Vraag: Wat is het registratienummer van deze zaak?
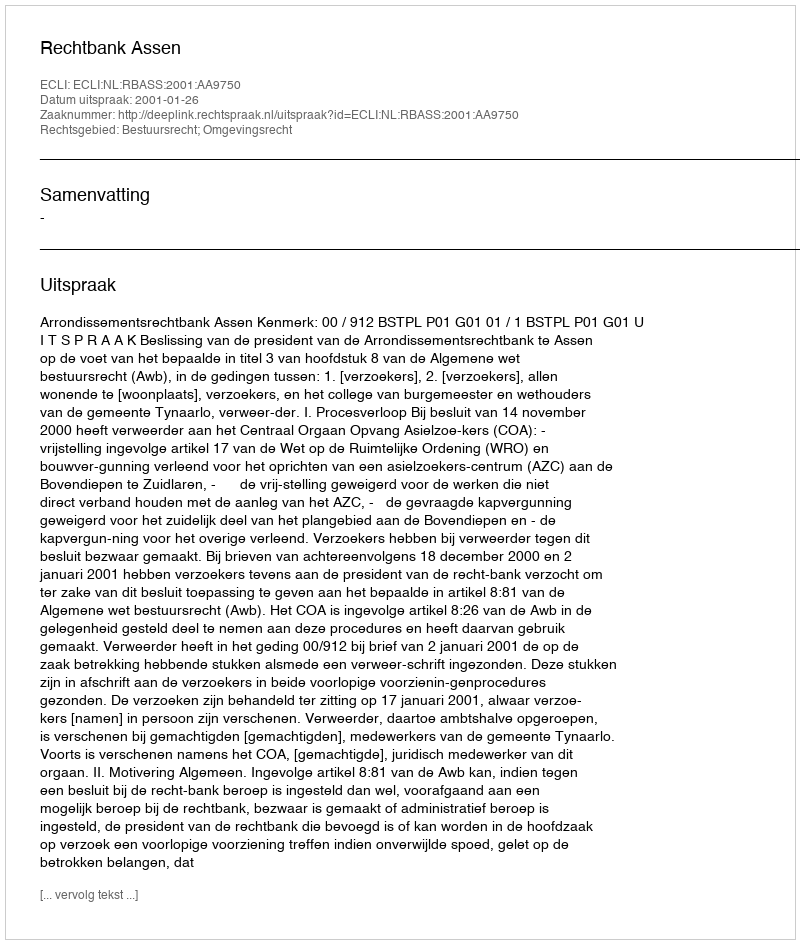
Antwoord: http://deeplink.rechtspraak.nl/uitspraak?id=ECLI:NL:RBASS:2001:AA9750